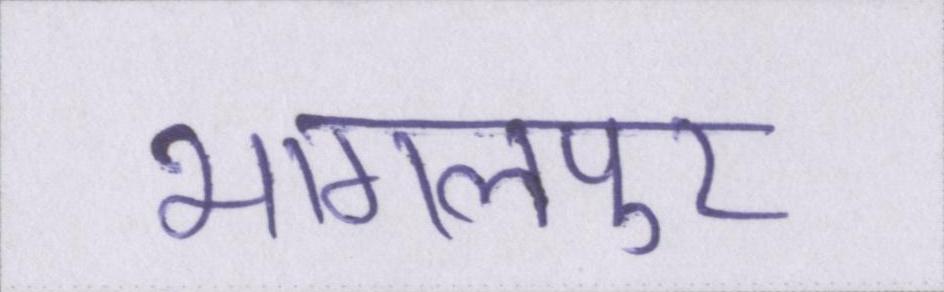
भागलपुर